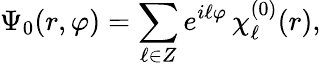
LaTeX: \Psi_{0}(r,\varphi)=\sum_{\ell\in Z}e^{i\ell\varphi}\, \chi_{\ell}^{(0)}(r),